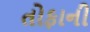
તોફાની